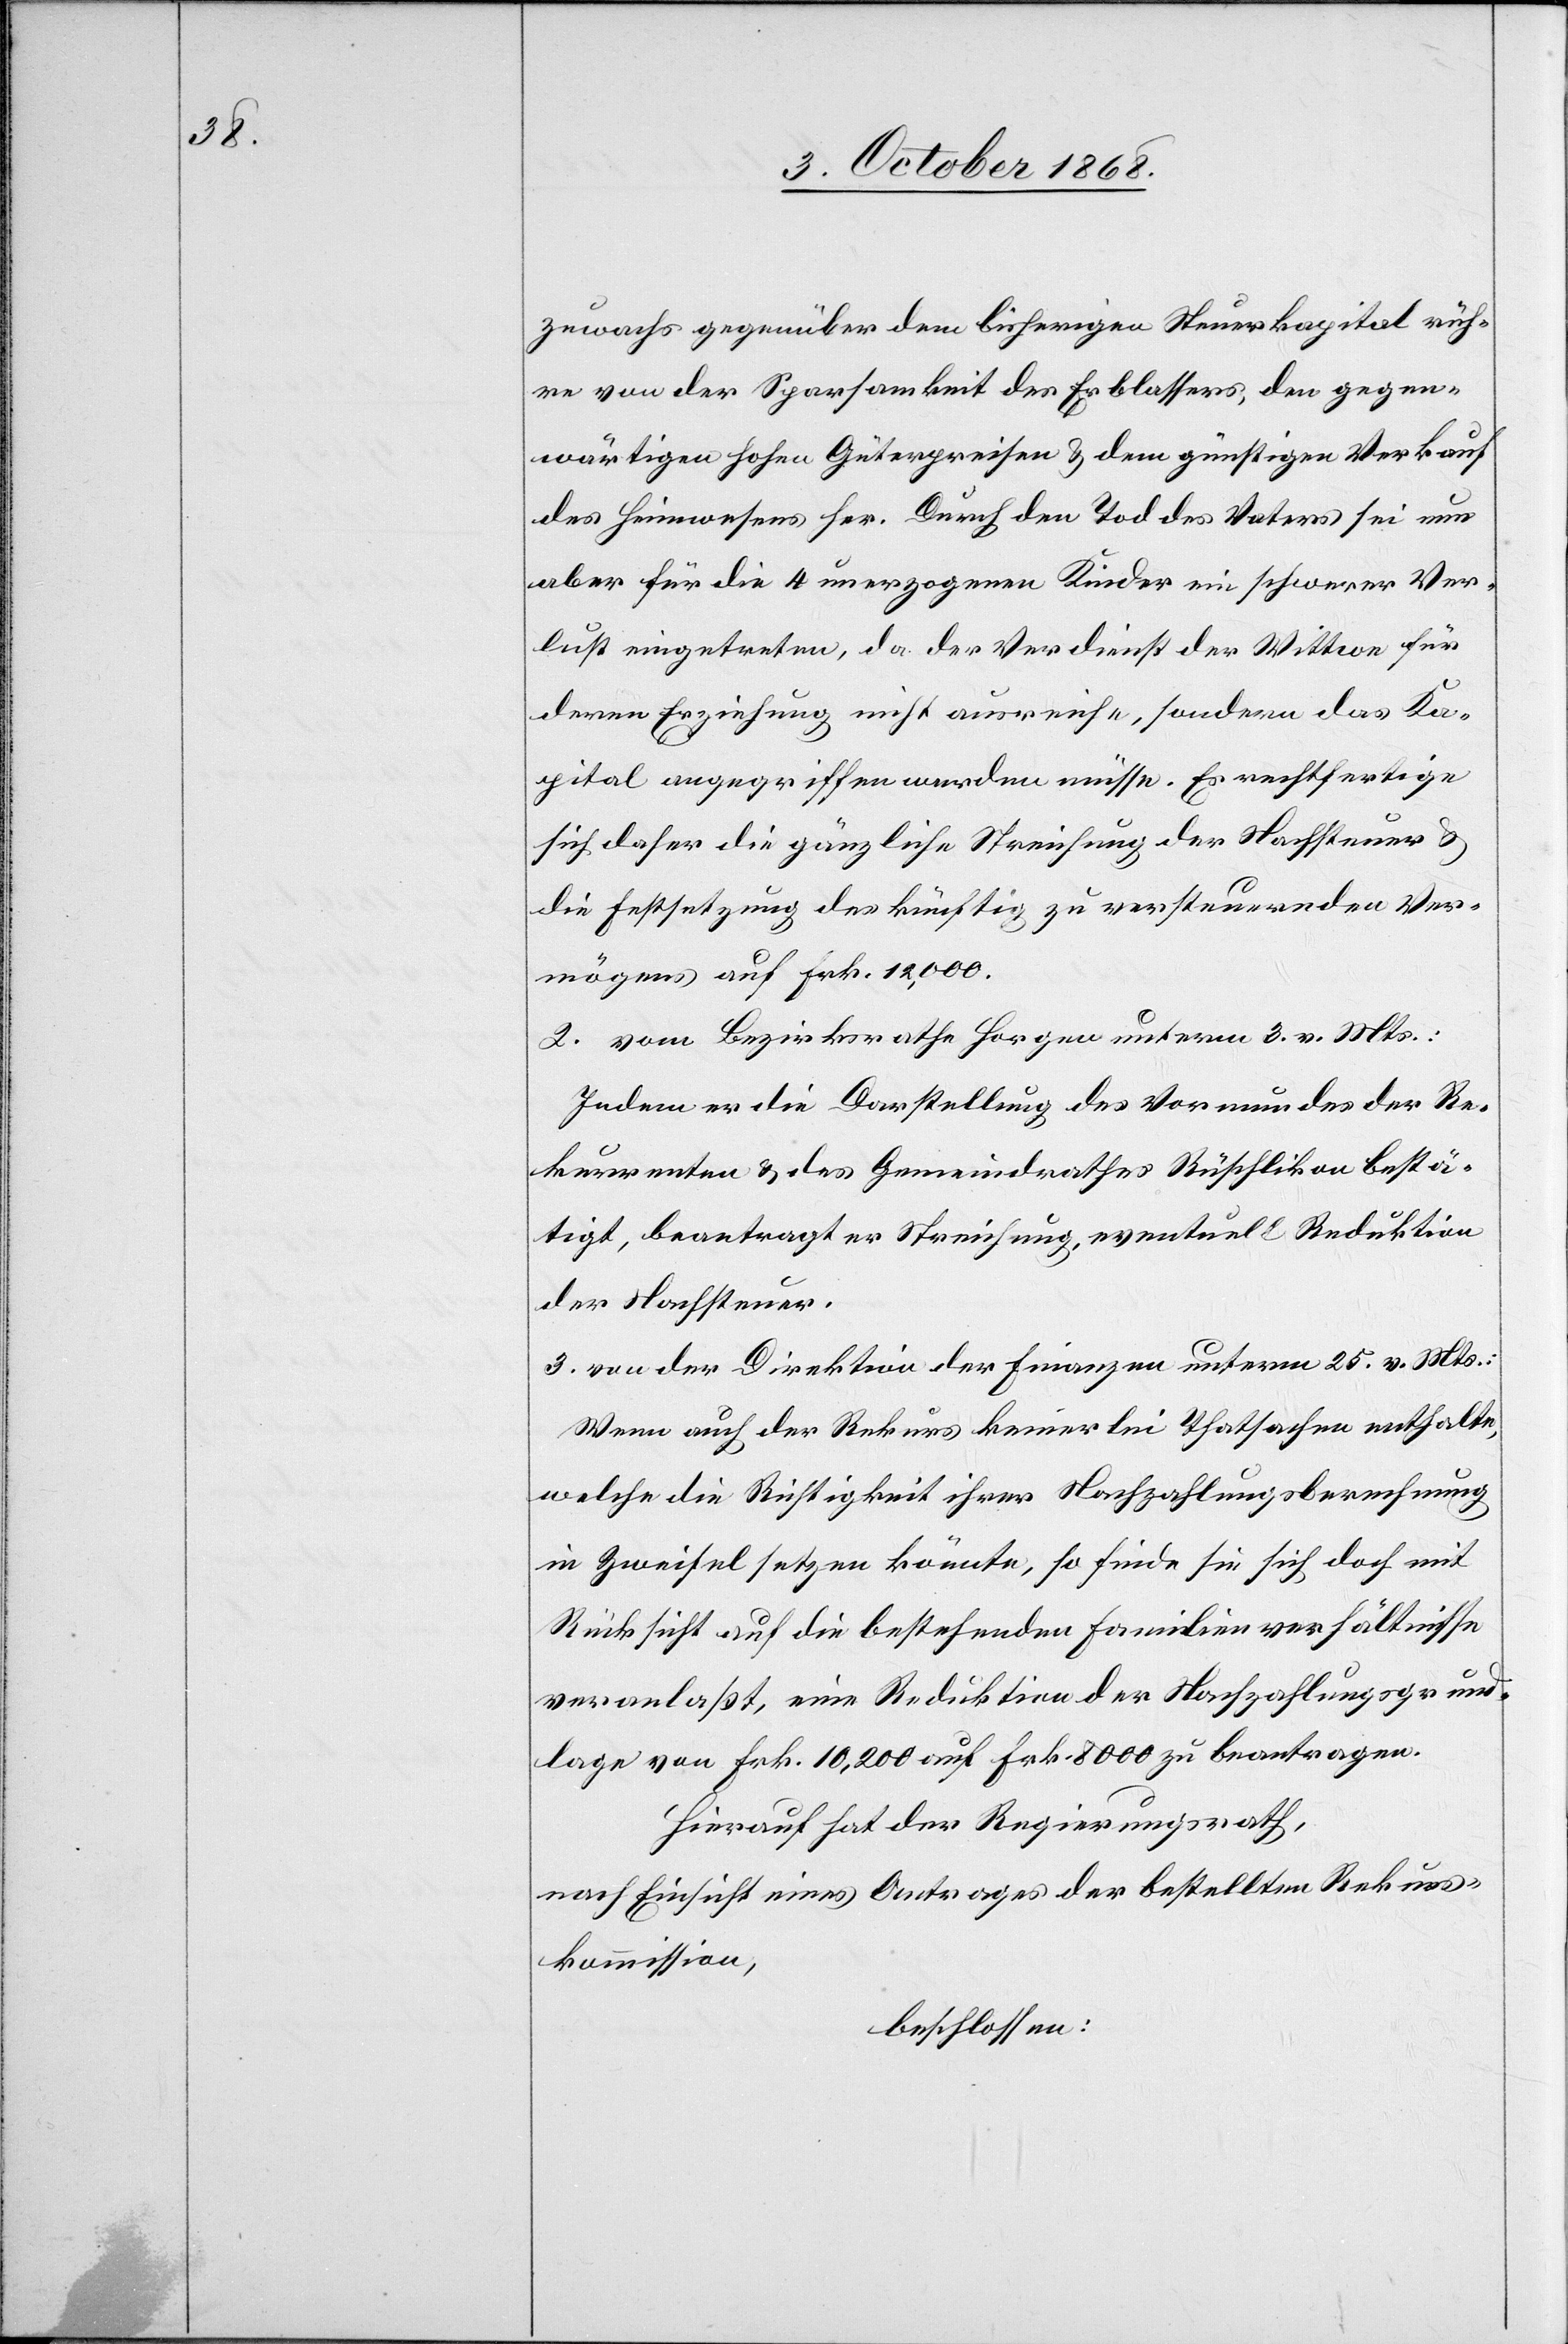
zuwachs gegenüber dem bisherigen Steuerkapital rüh¬
re von der Sparsamkeit des Erblassers, den gegen¬
wärtigen hohen Güterpreisen & dem günstigen Verkauf
des Heimwesens her. Durch den Tod des Vaters sei nun
aber für die 4 unerzogenen Kinder ein schwerer Ver¬
lust eingetreten, da der Verdienst der Wittwe für
deren Erziehung nicht ausreiche, sondern das Ka¬
pital angegriffen werden müsse. Es rechtfertige
sich daher die gänzliche Streichung der Nachsteuer &
die Festsetzung des künftig zu versteuernden Ver¬
mögens auf Frk. 12,000.
2. vom Bezirksrathe Horgen unterm 3. v. Mts.:
Indem er die Darstellung des Vormundes der Re¬
kurrenten & des Gemeindrathes Rüschlikon bestä¬
tigt, beantragt er Streichung, eventuell Reduktion
der Nachsteuer.
3. von der Direktion der Finanzen unterm 25. v. Mts.:
Wenn auch der Rekurs keinerlei Thatsachen enthalte,
welche die Richtigkeit ihrer Nachzahlungsberechnung
in Zweifel setzen könnte, so finde sie sich doch mit
Rücksicht auf die bestehenden Familienverhältnisse
veranlaßt, eine Reduktion der Nachzahlungsgrund¬
lage von Frk. 10,200 auf Frk. 8000 zu beantragen.
Hierauf hat der Regierungsrath,
nach Einsicht eines Antrages der bestellten Rekurs¬
kommission,
beschlossen: